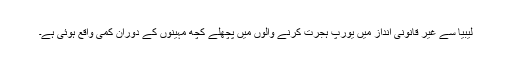
ليبيا سے غير قانونی انداز ميں يورپ ہجرت کرنے والوں ميں پچھلے کچھ مہينوں کے دوران کمی واقع ہوئی ہے۔